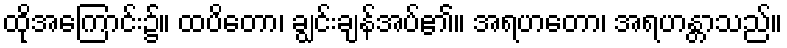
ထိုအကြောင်း၌။ ထပိတော၊ ချွင်းချန်အပ်၏။ အရဟတော၊ အရဟန္တာသည်။